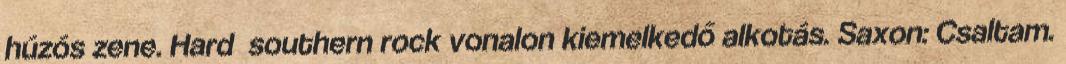
húzós zene. Hard southern rock vonalon kiemelkedő alkotás. Saxon: Csaltam.